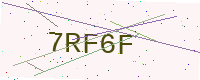
Text: 7RF6F